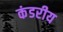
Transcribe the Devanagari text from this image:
कंडरीय